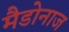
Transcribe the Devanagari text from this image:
मैडोनाज